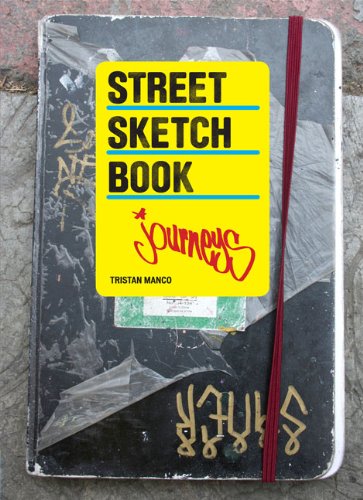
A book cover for Street Sketchbook: Journeys; Tristan Manco; Arts & Photography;